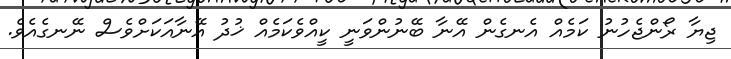
ޖިޔާ ރޯންޖެހުނު ކަމެއް އެނގެން އޭނާ ބޭނުންވަނީ ކީއްވެކަމެއް ޚުދު އޭނާއަކަށްވެސް ނޭނގެއެވެ.